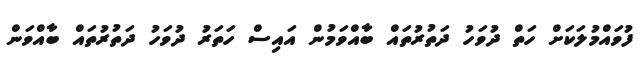
ފުވައްމުލަކަށް ހަތް ދުވަހު ދަތުރުތައް ބާއްވަމުން އައިސް ހަތަރު ދުވަހު ދަތުރުތައް ބާއްވަން